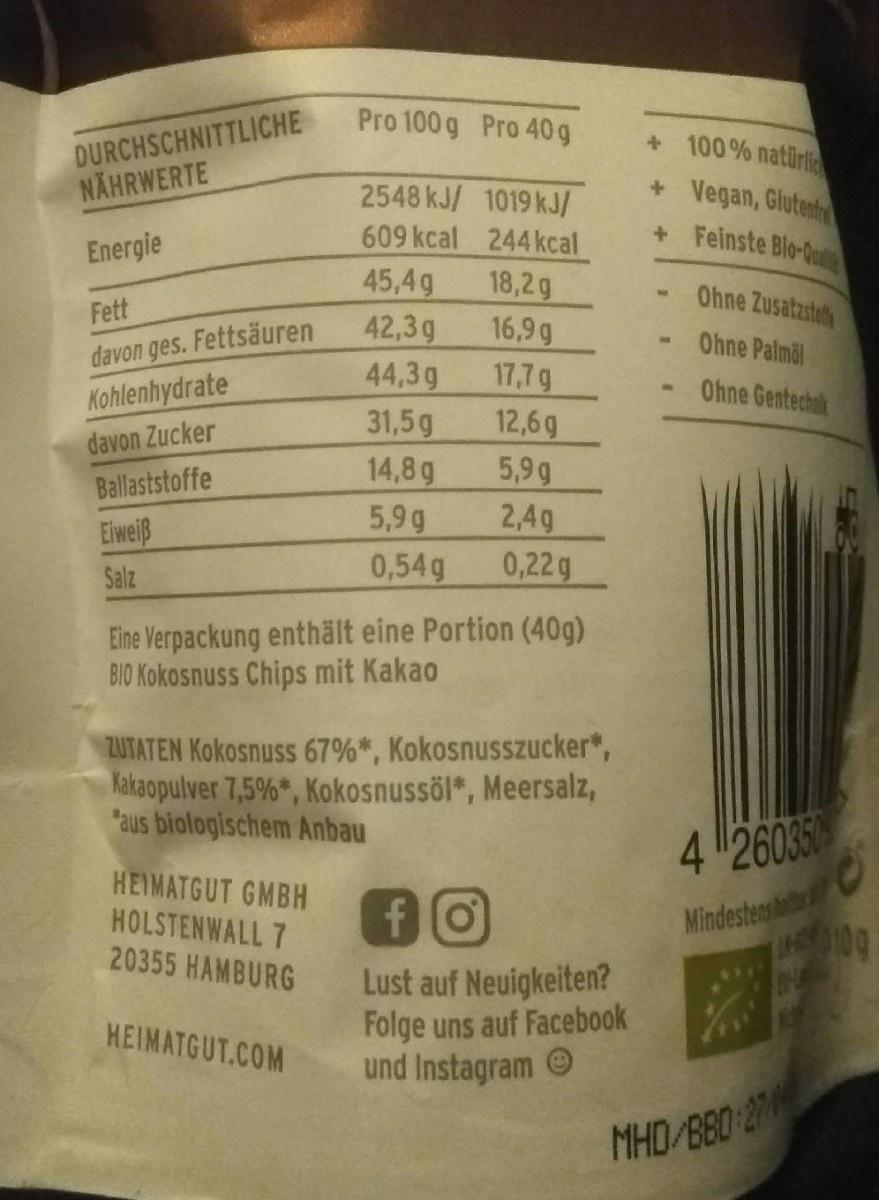
Pro 100 g Pro 40 g
DURCHSCHNITTLICHE NÄHRWERTE
+100% natürl
Vegan, Glutent + Feinste Blo-Qua
2548 kJ/ 1019 kJ/
609 kcal 244kcal
Energie
45,4g
18,2g 16,9 g 17,7g 12,6g 5,9g 2,4g 0,22 g
Ohne Zusatzsteth
Fett
42,3g 44,3g 31,5g 14,8g 5,9 g 0,54g
Ohne Palmöl Ohne Gentechlk
davon ges. Fettsäuren
Kohlenhydrate
davon Zucker
Ballaststoffe
Eiweiß
Salz
Eine Verpackung enthält eine Portion (40g) BIO Kokosnuss Chips mit Kakao
ZUTATEN Kokosnuss 67%*, Kokosnusszucker*, Kakaopulver 7,5%*, Kokosnussöl*, Meersalz, *aus biologischem Anbau
4 260350
HEIMATGUT GMBH
Mindestens
HOLSTENWALL 7 20355 HAMBURG
Lust auf Neuigkeiten? Folge uns auf Facebook und Instagram O
HEIMATGUT.COM
MHD/BB0 27